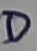
Text: D